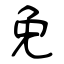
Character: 免